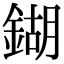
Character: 鍸